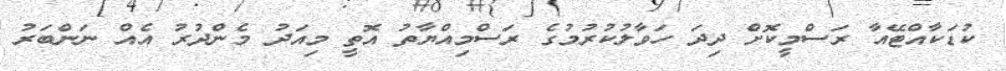
ކުޑަކާއްޓޭއާ ރަސްމީކޮށް ދިދަ ހަވާލުކުރުމުގެ ރަސްމިއްޔާތު އޮތީ މިއަދު މެންދުރު އެއް ނަންބަރު